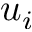
u _ { i }